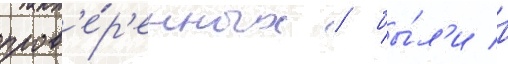
пров'е́р'енных / бы́л'и в